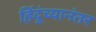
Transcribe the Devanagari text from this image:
हिंदूंच्यानंतर